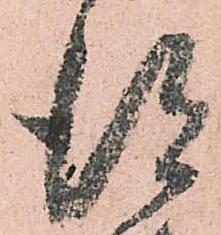
得